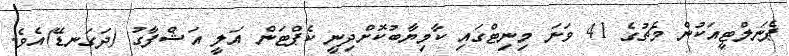
ޕެނަލްޓީއަކުން މެޗުގެ 41 ވަނަ މިނިޓްގައި ކާމިޔާބުކޮށްދިނީ ކެޕްޓަން އަލީ އަޝްފާގު (ދަގަނޑޭ)އެެވެ.